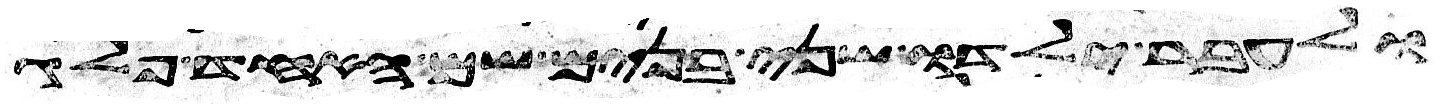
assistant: ולעבר ילדו שני בנים שם האחד פלג